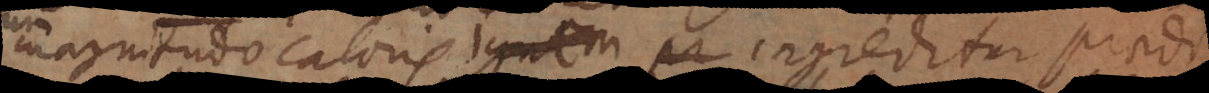
magnitudo caloris Ignem pr ingreditur praedicatum